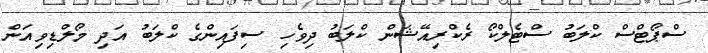
ސްޕޯޓްސް ކްލަބު ސްޓެލްކޯ ރެކްރިއޭޝަން ކްލަބު ދިވެހި ސިފައިންގެ ކްލަބު އަދި މޯލްޑިވިއަން